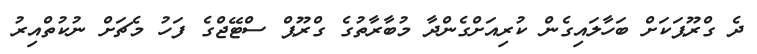
ދެ ގްރޫޕަކަށް ބަހާލައިގެން ކުރިއަށްގެންދާ މުބާރާތުގެ ގްރޫޕް ސްޓޭޖްގެ ފަހު މެޗަށް ނުކުތްއިރު